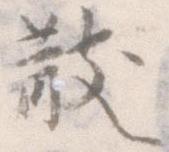
散